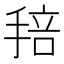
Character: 𢮏